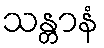
သန္တာနံ